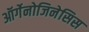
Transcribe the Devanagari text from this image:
ऑर्गेनोजिनेसिस